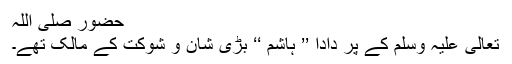
حضور صلی اللہ
تعالیٰ علیہ وسلم کے پَر دادا ’’ ہاشم ‘‘ بڑی شان و شوکت کے مالک تھے۔